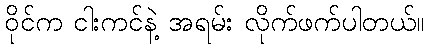
ဝိုင်က ငါးကင်နဲ့ အရမ်း လိုက်ဖက်ပါတယ်။